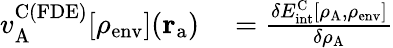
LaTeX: \begin{array}{rl}{v_{\mathrm{A}}^{\mathrm{C(FDE)}}[\rho_{\mathrm{env}}](\mathbf{r}_{\mathrm{a}})}&{{}=\frac{\delta E_{\mathrm{int}}^{\mathrm{C}}[\rho_{\mathrm{A}},\rho_{\mathrm{env}}]}{\delta\rho_{\mathrm{A}}}}\end{array}